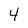
Character: 4